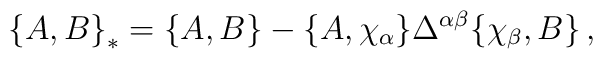
\bigl\{A,B\bigr\}_*=\bigl\{A,B\bigr\}-\bigl\{A,\chi_\alpha\bigr\}\Delta^{\alpha\beta}\bigl\{\chi_\beta,B\bigr\}\,,